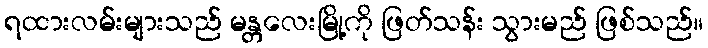
ရထားလမ်းများသည် မန္တလေးမြို့ကို ဖြတ်သန်း သွားမည် ဖြစ်သည်။